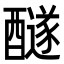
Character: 𨣢